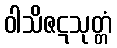
ဝါသိဇဋသုတ္တံ